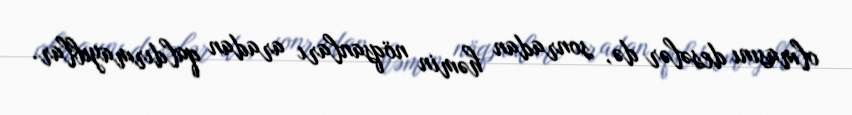
olmasını desələr də, sonradan həmin nöqsanları aradan qaldırmayıblar.